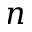
n